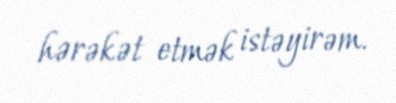
hərəkət etmək istəyirəm.